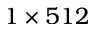
1 \times 5 1 2